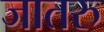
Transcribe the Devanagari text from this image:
जातरु